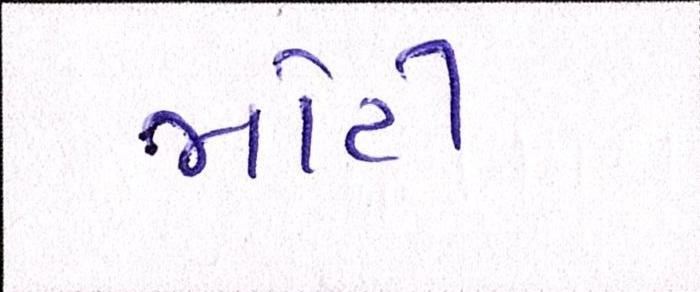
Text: મોટી